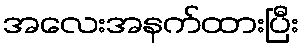
အလေးအနက်ထားပြီး